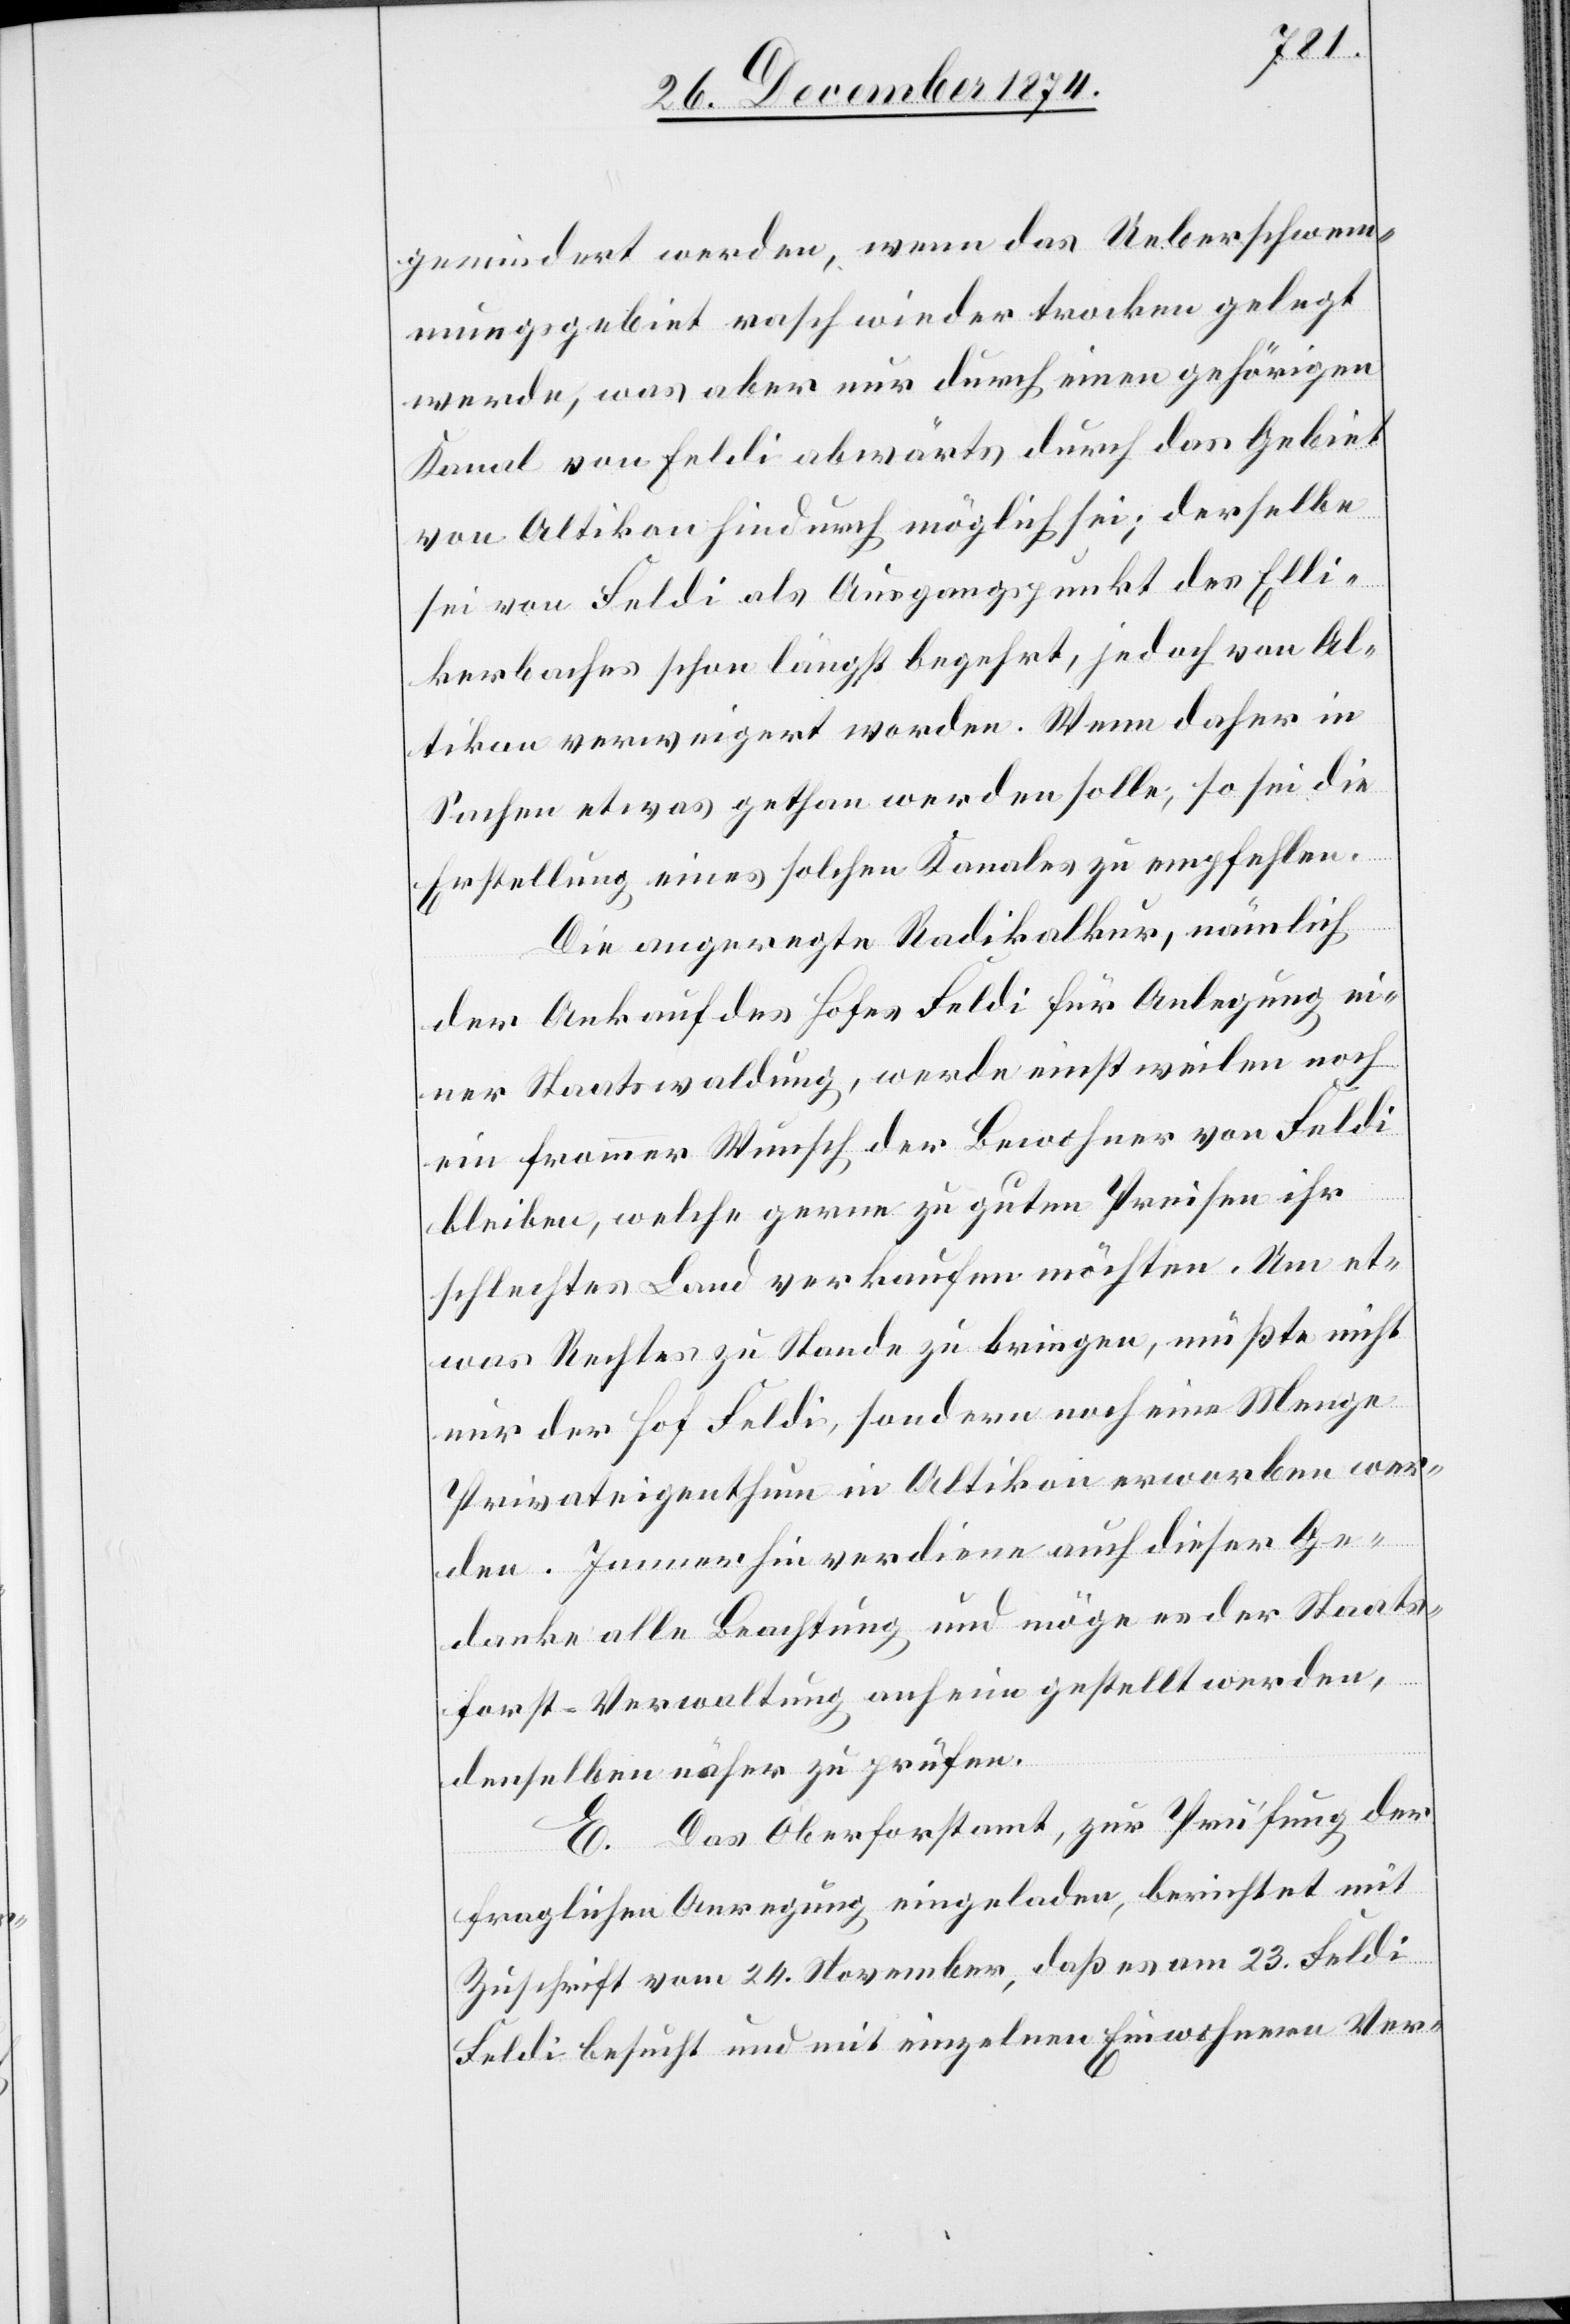
gemindert werden, wenn das Ueberschwem¬
mungsgebiet rasch wieder trocken gelegt
werde, was aber nur durch einen gehörigen
Kanal von Feldi abwärts durch das Gebiet
von Altikon hindurch möglich sei; derselbe
sei von Feldi als Ausgangspunkt des Elli¬
kerbaches schon längst begehrt, jedoch von Al¬
tikon verweigert worden. Wenn daher in
Sachen etwas gethan werden sollte, so sei die
Erstellung eines solchen Kanales zu empfehlen.
Die angeregte Radikalkur, nämlich
der Ankauf des Hofes Feldi für Anlegung ei¬
ner Staatswaldung, werde einstweilen noch
ein frommer Wunsch der Bewohner von Feldi
bleiben, welche gerne zu guten Preisen ihr
schlechtes Land verkaufen möchten. Um et¬
was Rechtes zu Stande zu bringen, müßte nicht
nur der Hof Feldi, sondern noch eine Menge
Privateigenthum in Altikon erworben wer¬
den. Immerhin verdiene auch dieser Ge¬
danke alle Beachtung und möge es der Staats¬
forst-Verwaltung anheim gestellt werden,
denselben näher zu prüfen.
E. Das Oberforstamt, zur Prüfung der
fraglichen Anregung eingeladen, berichtet mit
Zuschrift vom 24. November, daß es am 23. Feldi
[sic!] besucht und mit einzelnen Einwohnern Ver-